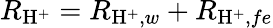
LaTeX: R_{\mathrm{H}^{+}}=R_{\mathrm{H}^{+},w}+R_{\mathrm{H}^{+},fe}